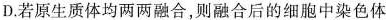
D.若原生质体均两两融合，则融合后的细胞中染色体